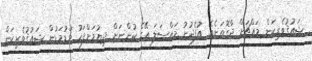
ޝައުޤުވެރިކަން މައްޗަށް ދާގޮތަށެވެ. އުފެދުނު މައްސަލަ އޭގެ ކުންނަށް ދިޔުމަށްފަހު މަޑުމަޑުން ޝައުޤުވެރިކަން